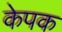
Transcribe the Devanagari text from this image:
केपक